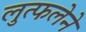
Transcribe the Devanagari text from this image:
लुत्फलेने